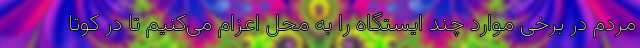
مردم در برخی موارد چند ایستگاه را به محل اعزام می‌کنیم تا در کوتا